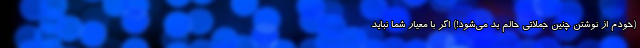
(خودم از نوشتن چنین جملاتی حالم بد می‌شود!) اگر با معیار شما نباید